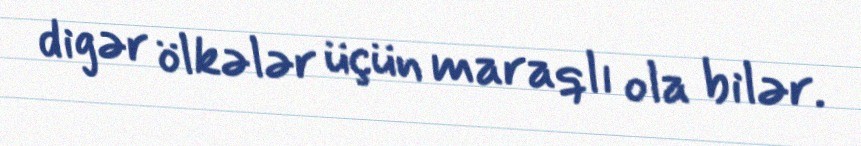
digər ölkələr üçün maraqlı ola bilər.